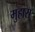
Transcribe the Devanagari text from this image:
मुहारा